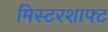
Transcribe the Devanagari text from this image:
मिस्टरशाफ्ट